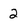
Character: 2